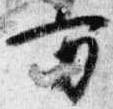
方